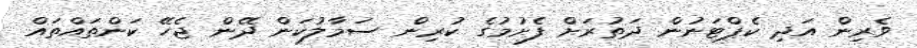
ވެރިން އަދި ކެޕްޓަނުން ދަތުރަށް ފެށުމުގެ ކުރިން ސަމާލުކަން ދޭން ޖެހޭ ކަންތައްތައް